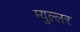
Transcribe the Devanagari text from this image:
म्युल्लर